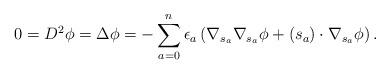
LaTeX: \begin{align*}0 = {D}^2 \phi = \Delta \phi = -\sum_{a=0}^n \epsilon_a \left( \nabla_{s_a} \nabla_{s_a} \phi + (s_a) \cdot \nabla_{s_a} \phi \right). \end{align*}